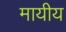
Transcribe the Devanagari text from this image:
मायीय